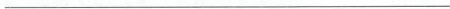
___